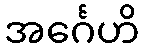
အင်္ဂေဟိ